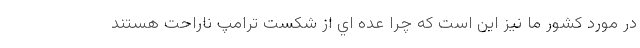
در مورد کشور ما نيز این است که چرا عده اي از شكست ترامپ ناراحت هستند